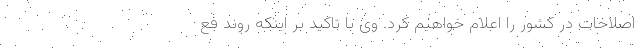
اصلاحات در کشور را اعلام خواهیم کرد. وی با تاکید بر اینکه روند فع